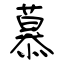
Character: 慕